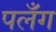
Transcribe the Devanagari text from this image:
पलँग